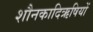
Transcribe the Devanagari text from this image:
शौनकादिऋषियों